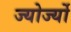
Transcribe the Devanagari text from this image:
ज्योर्ज्यो